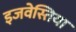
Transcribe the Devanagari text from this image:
इजवेस्तिया